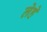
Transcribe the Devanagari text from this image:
लेहे